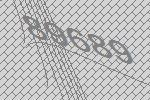
89689